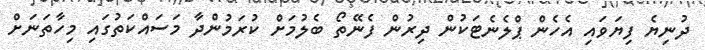
ދުނިޔެ ފިޔަވައި އެހެން ޕްލެނެޓަކުން ދިރުން ފެނޭތޯ ބެލުމަށް ކުރަމުންދާ މަސައްކަތުގައި މިހާތަނަށް